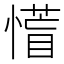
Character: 𭞰